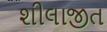
શીલાજીત